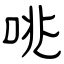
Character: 咷